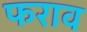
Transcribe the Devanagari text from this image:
फराव